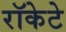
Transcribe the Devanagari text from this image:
रॉकेटे